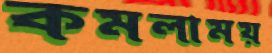
কমলাময়